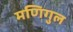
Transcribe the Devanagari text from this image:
मणिगुल